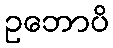
ဥဘောပိ